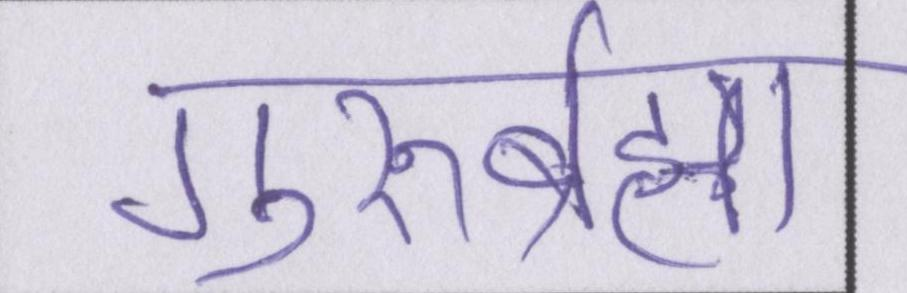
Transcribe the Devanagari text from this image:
गुरुर्ब्रह्मा